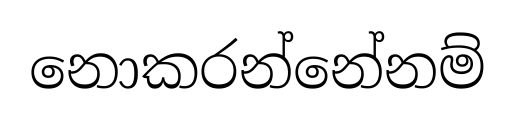
නොකරන්නේනම්